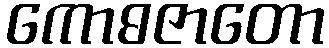
ကောဓဇာတော